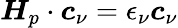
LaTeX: \boldsymbol{H}_{p}\cdot\boldsymbol{c}_{\nu}=\epsilon_{\nu}\boldsymbol{c}_{\nu}